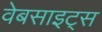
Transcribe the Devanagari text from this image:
वेबसाइट्‌स